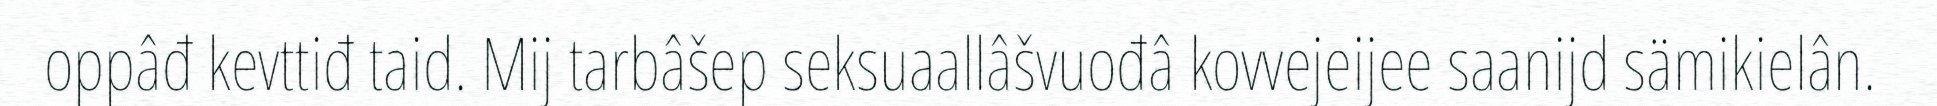
oppâđ kevttiđ taid. Mij tarbâšep seksuaallâšvuođâ kovvejeijee saanijd sämikielân.